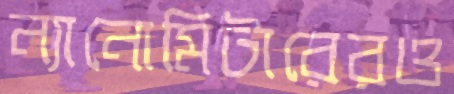
ন্যানোমিটারেরও